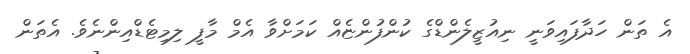
އެ ތަން ހަދާފައިވަނީ ނިއުޒީލެންޑްގެ ކުންފުންޏެއް ކަމަށްވާ އެމް މާފީ ލިމިޓެޑްއިންނެވެެ. އެތަން